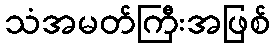
သံအမတ်ကြီးအဖြစ်